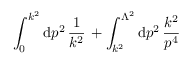
\int _ { 0 } ^ { k ^ { 2 } } \mathrm { d } p ^ { 2 } \, \frac { 1 } { k ^ { 2 } } \, + \int _ { k ^ { 2 } } ^ { \Lambda ^ { 2 } } \mathrm { d } p ^ { 2 } \, \frac { k ^ { 2 } } { p ^ { 4 } }